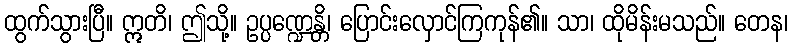
ထွက်သွားပြီ။ ဣတိ၊ ဤသို့။ ဥပ္ပဏ္ဍေန္တိ၊ ပြောင်းလှောင်ကြကုန်၏။ သာ၊ ထိုမိန်းမသည်။ တေန၊